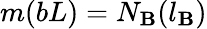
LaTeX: m(bL)=N_{\mathbf{B}}(l_{\mathbf{B}})